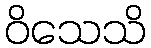
ဝိသေသိ